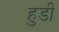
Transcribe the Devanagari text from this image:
हुडी